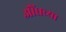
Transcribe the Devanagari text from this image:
औंधच्या